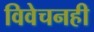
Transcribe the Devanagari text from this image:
विवेचनही